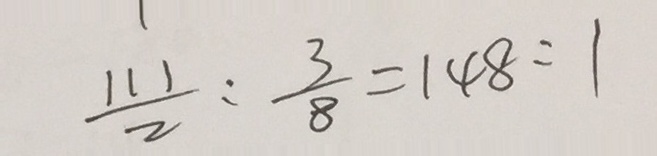
\frac { 1 1 1 } { 2 } : \frac { 3 } { 8 } = 1 4 8 : 1